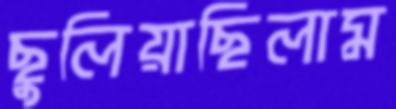
ছুলিয়াছিলাম